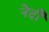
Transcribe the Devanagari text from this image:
नेदी